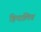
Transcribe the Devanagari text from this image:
हिपालिव